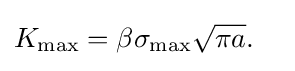
{\begin{aligned}K_{\text{max}}&=\beta \sigma _{\text{max}}{\sqrt {\pi a}}.\end{aligned}}